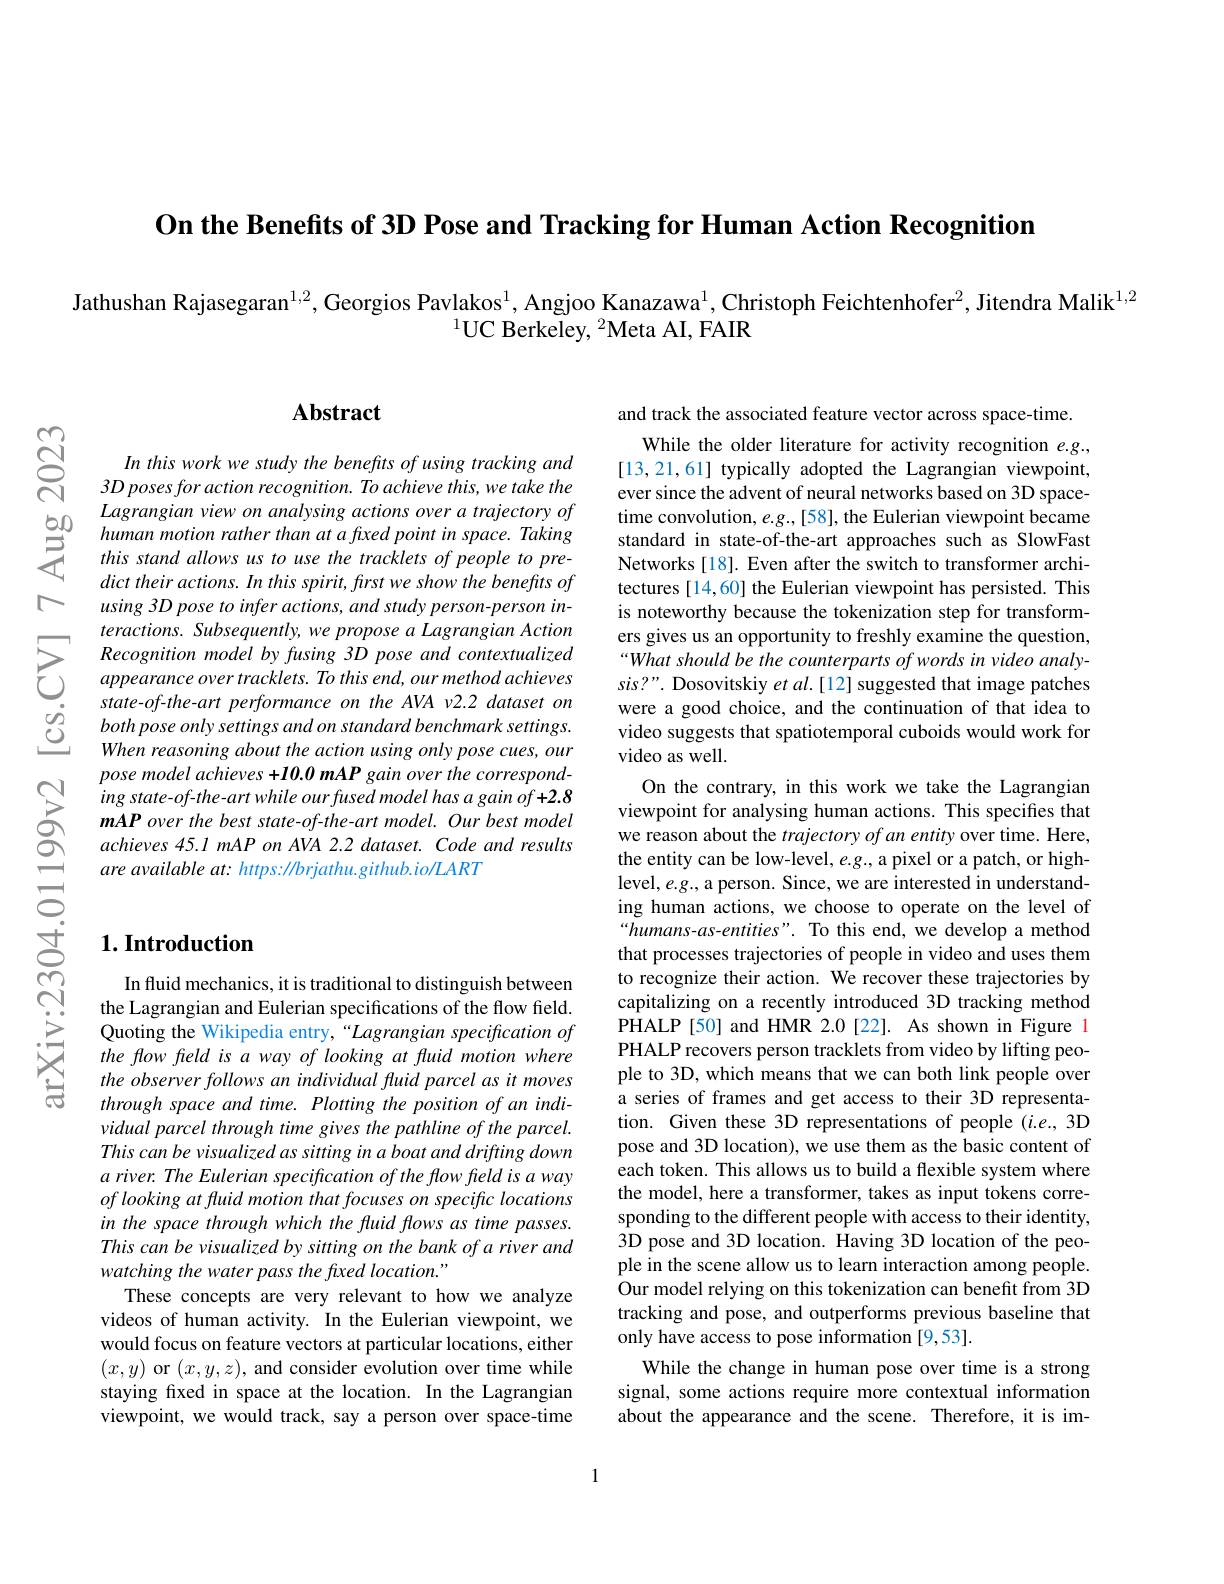
On the Benefits of 3D Pose and Tracking for Human Action Recognition

Jathushan Rajasegaran$^{1,2}$, Georgios Pavlakos$^{1}$, Angjoo Kanazawa$^{1}$, Christoph Feichtenhofer$^{2}$, Jitendra Malik$^{1,2}$
$^{1}$UC Berkeley, $^2$Meta AI, FAIR

八

$ଟ୍ରି$

### $\mathbf{Abstract}$

In this work we study the benefits of using tracking and $3Dposesforaction\textit{recognition. To achieve this, we take the}$ Lagrangian view on analysing actions over a trajectory of
Egogranganticwontunangatanstarataratanatafmeconvatarathaton, eg, [ 38] , the Eulerian viewpointbecame humarı motionratherı hanatafaxedpontinspace. Takingstandardinstate- of- the- artta approaches such as SlowFast- this stand allows us to use the rrackl
using 3D pose to infer actions, and study person-person interactions. Subsequently, we propose a Lagrangian Action
$\sum_{\begin{array}{c}\text{Recognition. model by fusing 3D poss and contextualized}&\text{ers gives us an opportunty to treshly examine the question,}\\\text{Secognition model by fusing 3D pose and contextualized}&\text{“What should be the counterparts ofwords in video andyC apppearanc}\end{array}}$
$\begin{array}{lll}{&state-of-the-art~performance~on~the~AVA~v2.2~dataset~on}\\{\textcircled{0}}&{both~pose~only~settings~and~on~standard~benchmark~settings.}\\&When~reasoning~about~the~action~using~only~pose~cues,~our\end{array}$
pose model achieves +10.0 mAP gain over the corresponding state-of-the-art while ourfused model has a gain of+2.8 $mAPoverthebeststate-of-the-artmodel.Ourbestmodel$ achieves 45.1 mAP on AVA 2.2 dataset. Code and results are available at: https://brjathu.github.io/LART

and track the associated feature vector across space-time.
While the older literature for activity recognition e.g., [13,21,61] typically adopted the Lagrangian viewpoint, ever since the advent of neural networks based on 3D spacetime convolution, $e.g.,[58]$, the Eulerian viewpoint became tectures [14,60] the Eulerian viewpoint has persisted. This is noteworthy because the tokenization step for transformers gives us an opportunity to freshly examine the question, were a good choice, and the continuation of that idea to video suggests that spatiotemporal cuboids would work for video as well.
On the contrary, in this work we take the Lagrangian viewpoint for analysing human actions. This specifies that we reason about the trajectory of an entity over time. Here, the entity can be low-level, $e.g.$, a pixel or a patch, or highlevel, e.g., a person. Since, we are interested in understanding human actions, we choose to operate on the level of “humans-as-entities”. To this end, we develop a method that processes trajectories of people in video and uses them to recognize their action. We recover these trajectories by capitalizing on a recently introduced 3D tracking method PHALP[50] and HMR 2.0[22]. As shown in Figure 1 PHALP recovers person tracklets from video by lifting people to 3D, which means that we can both link people over a series of frames and get access to their 3D representation. Given these 3D representations of people $(i.e.,3$D pose and 3D location), we use them as the basic content of each token. This allows us to build a flexible system where the model, here a transformer, takes as input tokens corresponding to the different people with access to their identity, 3D pose and 3D location. Having 3D location of the people in the scene allow us to learn interaction among people. Our model relying on this tokenization can benefit from 3D tracking and pose, and outperforms previous baseline that only have access to pose information [9,53].
While the change in human pose over time is a strong signal, some actions require more contextual information about the appearance and the scene. Therefore, it is im-

## $1. \textbf{Introduction}$

In fluid mechanics, it is traditional to distinguish between the Lagrangian and Eulerian specifications of the flow field. Quoting the Wikipedia entry,“Lagrangian specification of the flow feld is a way of looking at fluid motion where the observer follows an individual fluid parcel as it moves through space and time. Plotting the position of an individual parcel through time gives the pathline of the parcel. This can be visualized as sitting in a boat and drifting down a river. The Eulerian specification of the flow field is a way of looking at fluid motion that focuses on specific locations in the space through which the fluid flows as time passes. This can be visualized by sitting on the bank of a river and watching the water pass the fuxed location."
These concepts are very relevant to how we analyze videos of human activity. In the Eulerian viewpoint, we would focus on feature vectors at particular locations, either $(x,y)$ or $( x, y, z) , \textbf{and consider evolution over time while}$ staying fixed in space at the location. In the Lagrangian viewpoint, we would track, say a person over space-time

1